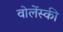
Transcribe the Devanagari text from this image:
वोलेंस्की